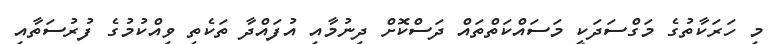
މި ހަރަކާތުގެ މަގްސަދަކީ މަސައްކަތްތައް ދަސްކޮށް ދިނުމާއި އުފައްދާ ތަކެތި ވިއްކުމުގެ ފުރުސަތާއި